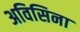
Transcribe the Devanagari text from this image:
अविसिना